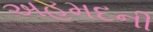
અહમદની